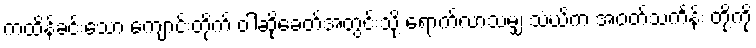
ကထိန်ခင်းသော ကျောင်းတိုက် ဝါဆိုခေတ်အတွင်းသို့ ရောက်လာသမျှ သံဃိက အဝတ်သင်္ကန်း တို့ကို